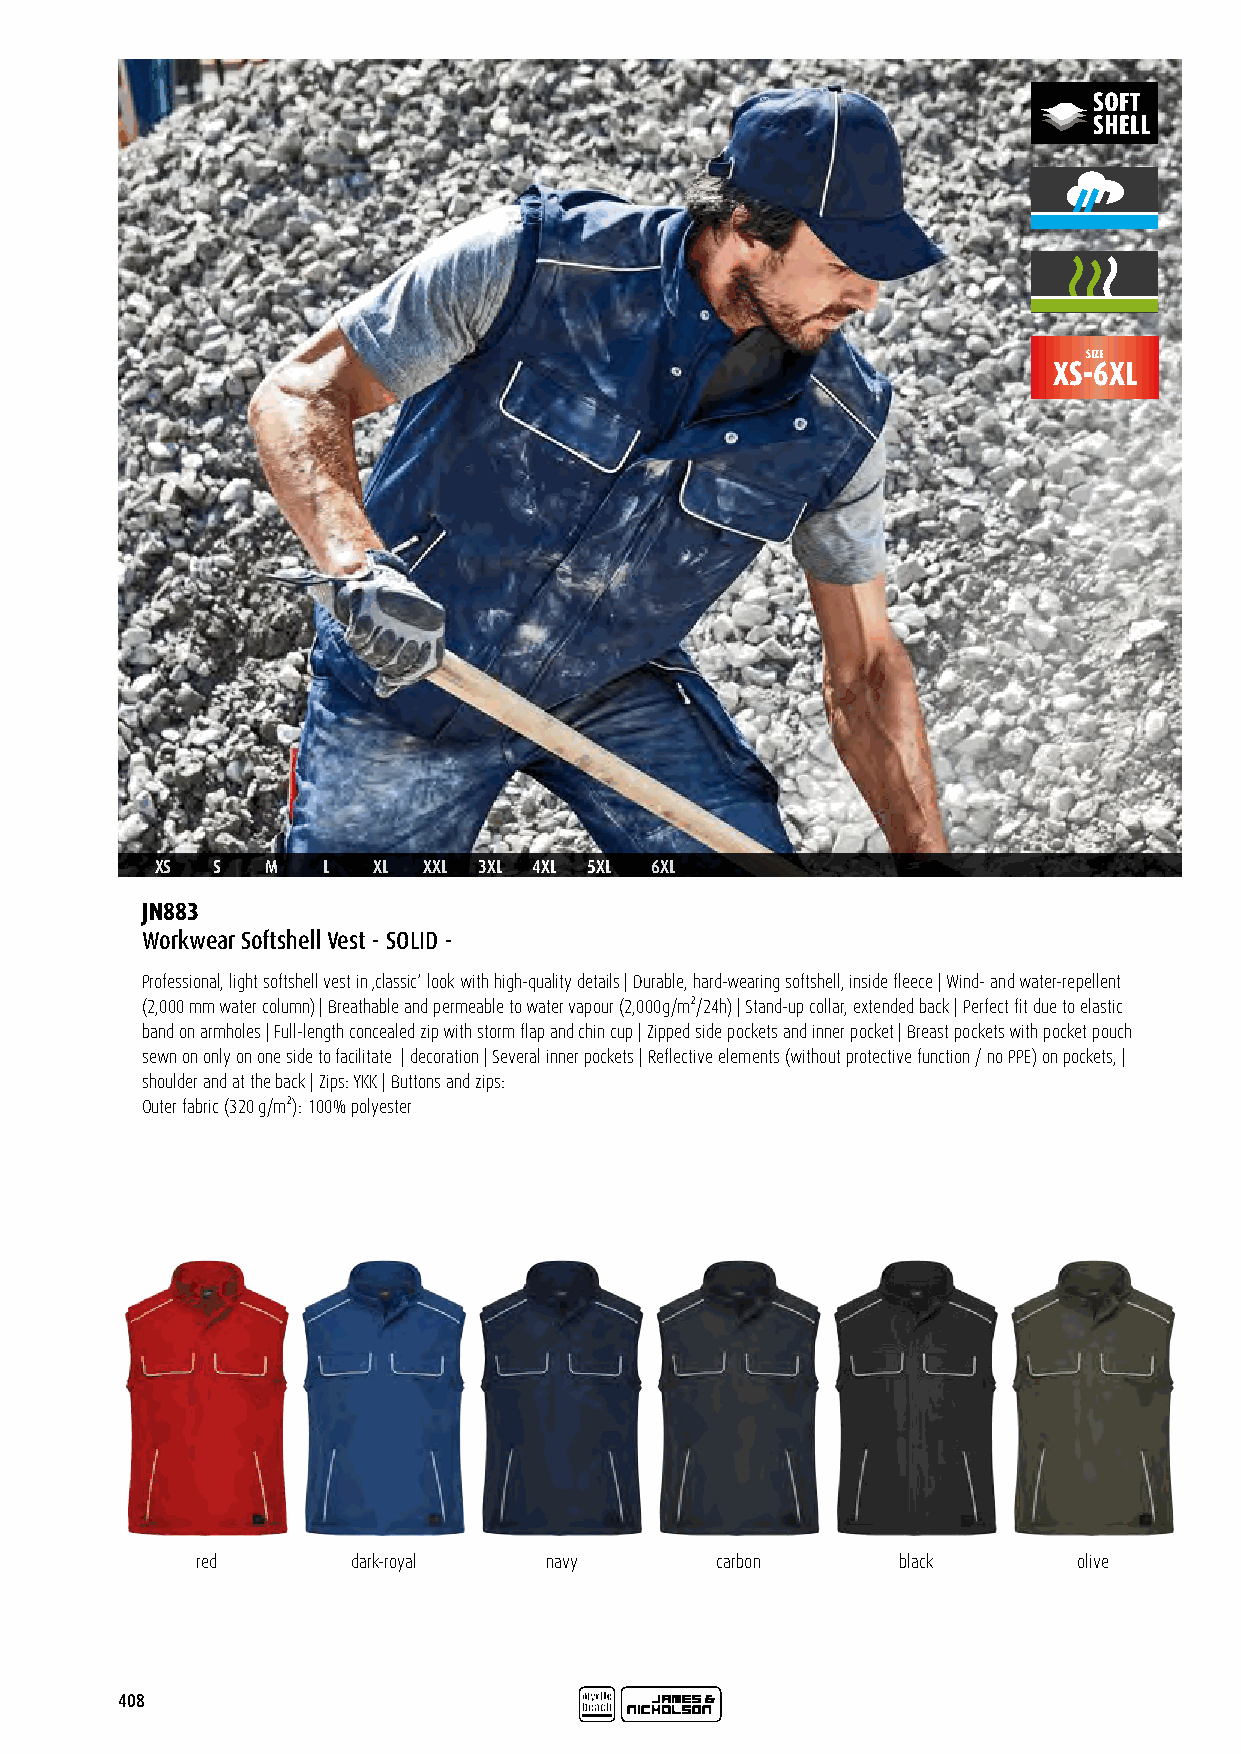
SIZE
 XS-6XL
 XS  S   M  L   XL XXL 3XL 4XL 5XL 6XL
 JN883
 Workwear Softshell Vest - SOLID -
 Professional, light softshell vest in ‚classic‘ look with high-quality details | Durable, hard-wearing softshell, inside fleece | Wind- and water-repellent
 (2,000 mm water column) | Breathable and permeable to water vapour (2,000g/m²/24h) | Stand-up collar, extended back | Perfect fit due to elastic
 band on armholes | Full-length concealed zip with storm flap and chin cup | Zipped side pockets and inner pocket | Breast pockets with pocket pouch
 sewn on only on one side to facilitate | decoration | Several inner pockets | Reflective elements (without protective function / no PPE) on pockets, |
 shoulder and at the back | Zips: YKK | Buttons and zips:
 Outer fabric (320 g/m²): 100% polyester
 red       dark-royal   navy       carbon      black       olive
 408